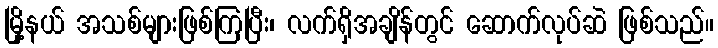
မြို့နယ် အသစ်များဖြစ်ကြပြီး၊ လက်ရှိအချိန်တွင် ဆောက်လုပ်ဆဲ ဖြစ်သည်။